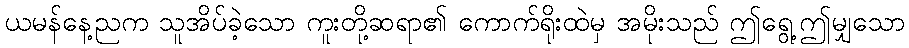
ယမန်နေ့ညက သူအိပ်ခဲ့သော ကူးတို့ဆရာ၏ ကောက်ရိုးထဲမှ အမိုးသည် ဤရွေ့ဤမျှသော